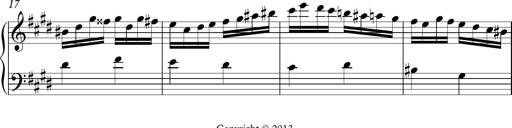
Title: Ten Piano Sonatinas
Composer: Andreas Sain